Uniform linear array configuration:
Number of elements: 16
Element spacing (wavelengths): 1
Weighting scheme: uniform
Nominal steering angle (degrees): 15
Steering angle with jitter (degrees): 16.819
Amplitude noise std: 0.05
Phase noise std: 0.05

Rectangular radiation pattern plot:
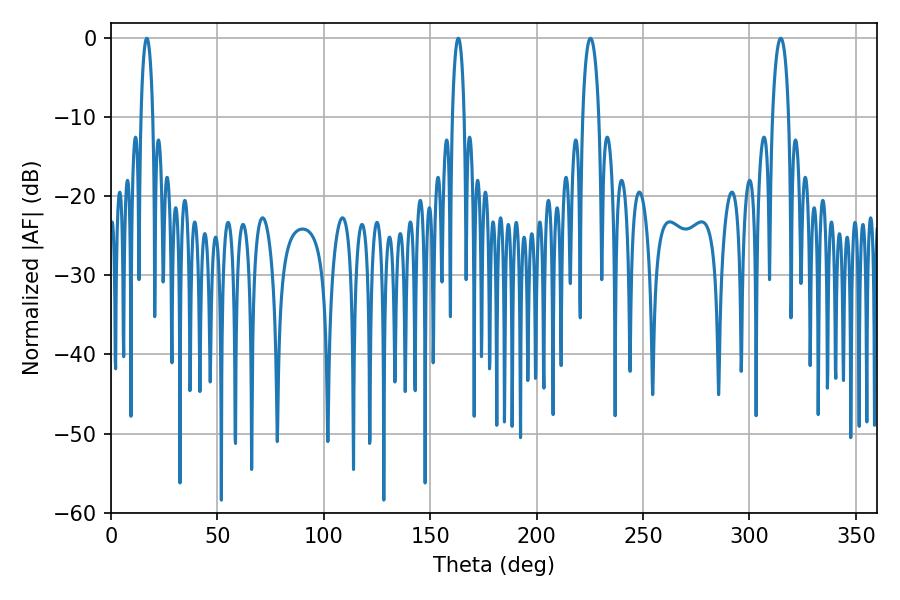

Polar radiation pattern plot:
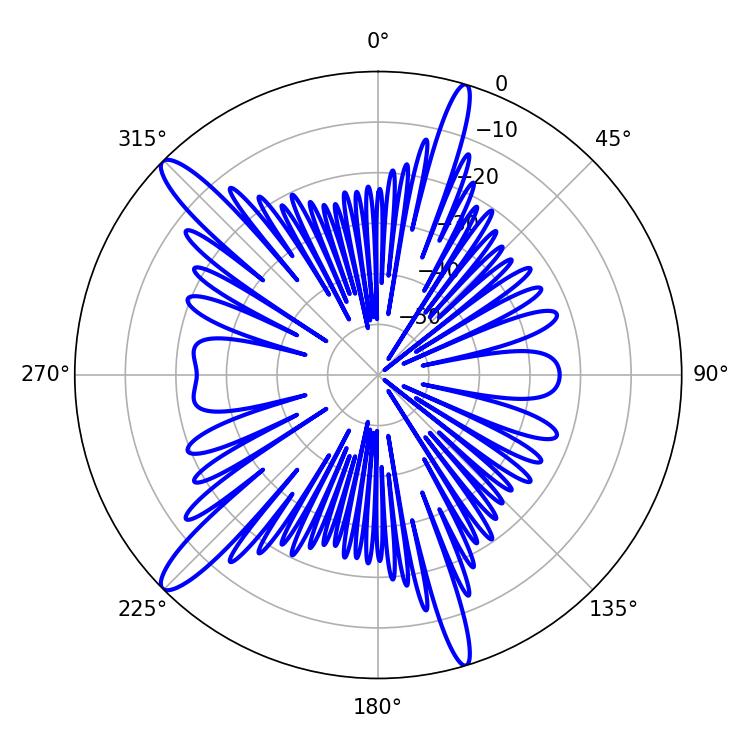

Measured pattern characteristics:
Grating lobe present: TRUE
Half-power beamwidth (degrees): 4.32
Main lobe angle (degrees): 225.36